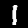
Digit: 1